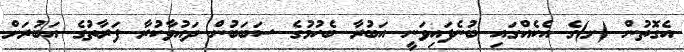
އެގޮތުން (ށ)ގެ އެކެއްގައި ބުނެފައިވަނީ އަބުރާ ބެހުމުގެ ސަބަބުން ދައުވާކުރާ ފަރާތުގެ އަބުރަށް